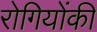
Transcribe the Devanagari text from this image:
रोगियोंकी